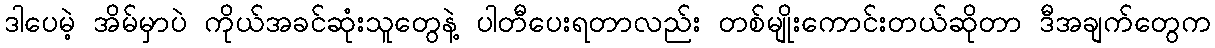
ဒါပေမဲ့ အိမ်မှာပဲ ကိုယ်အခင်ဆုံးသူတွေနဲ့ ပါတီပေးရတာလည်း တစ်မျိုးကောင်းတယ်ဆိုတာ ဒီအချက်တွေက